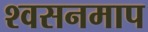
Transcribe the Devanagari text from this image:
श्वसनमाप